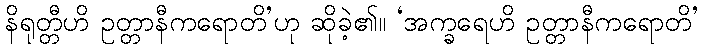
နိရုတ္တီဟိ ဥတ္တာနီကရောတိ’ဟု ဆိုခဲ့၏။ ‘အက္ခရေဟိ ဥတ္တာနီကရောတိ’